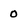
Character: 0